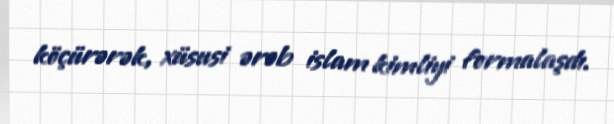
köçürərək, xüsusi ərəb islam kimliyi formalaşdı.